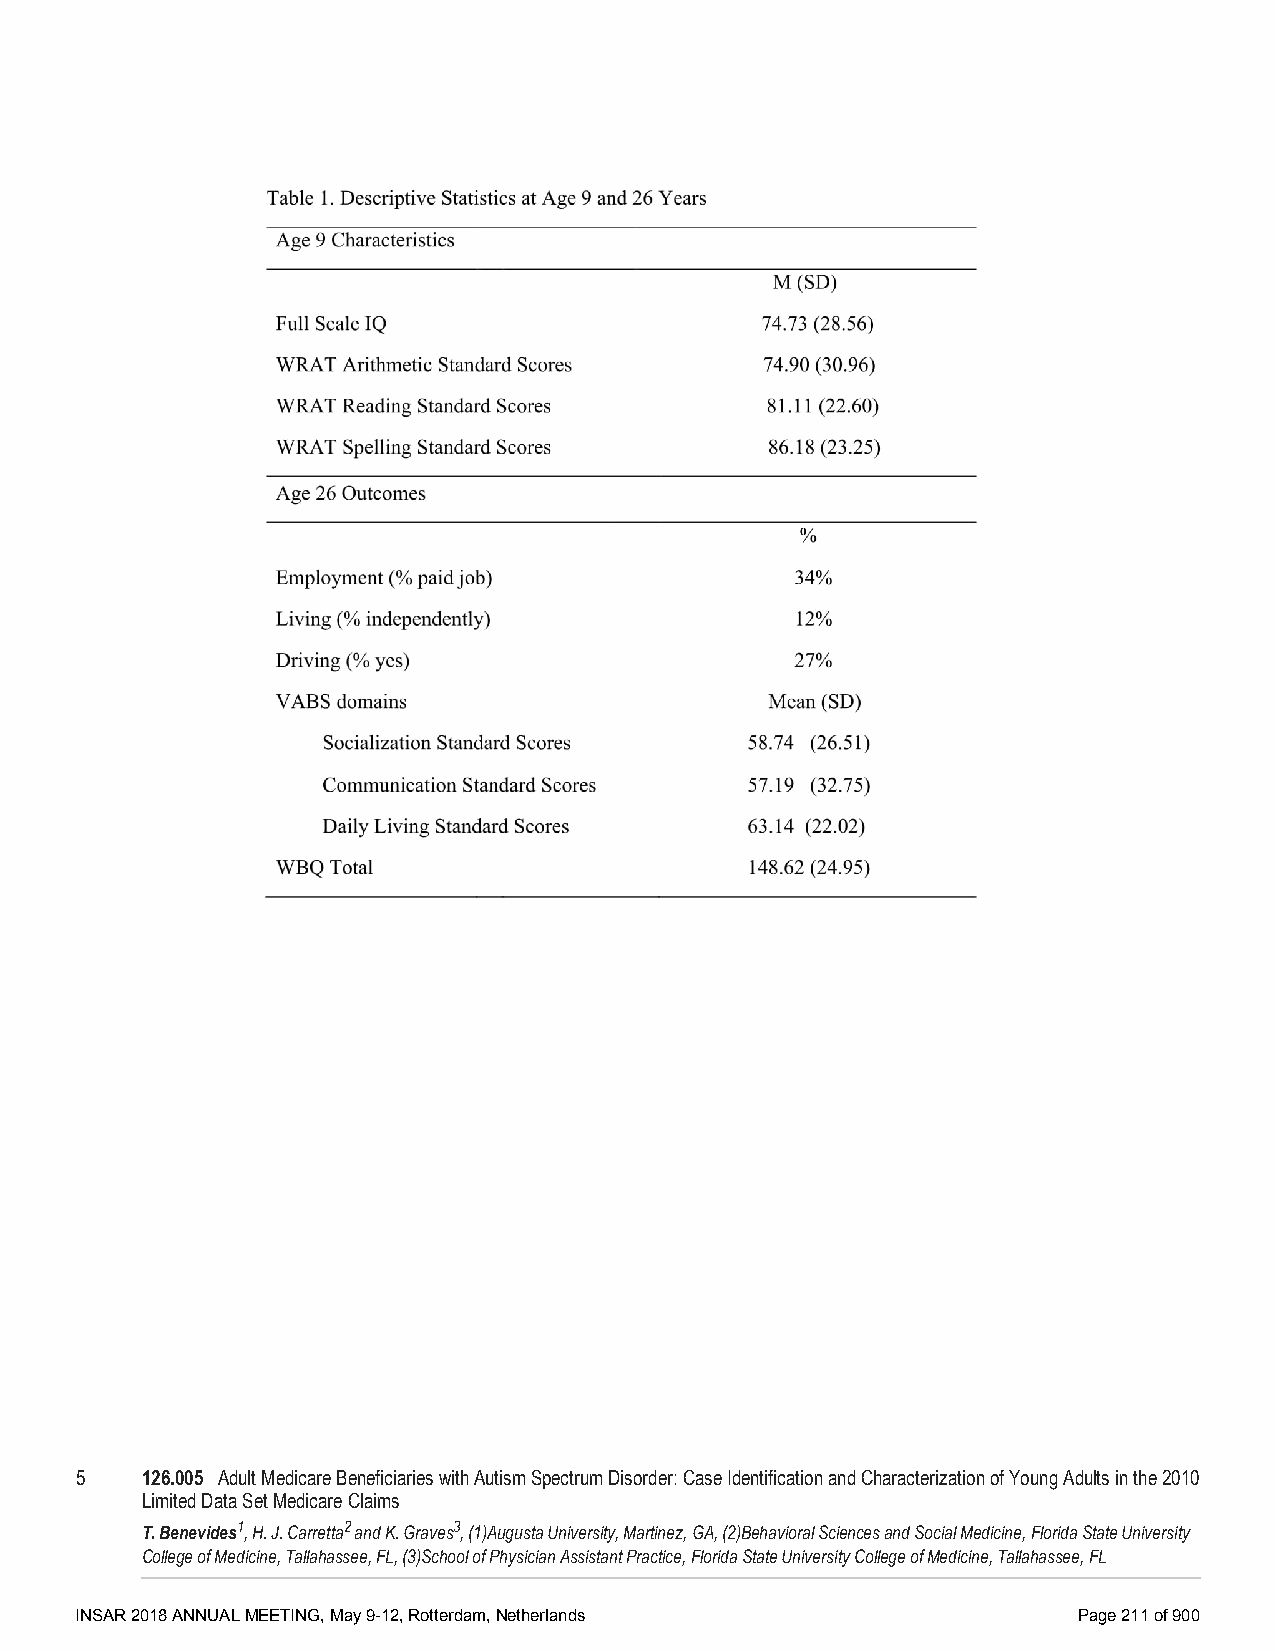
5   126.005 Adult Medicare Beneficiaries with Autism Spectrum Disorder: Case Identification and Characterization of Young Adults in the 2010
 Limited Data Set Medicare Claims
 T. Benevides1, H. J. Carretta2 and K. Graves3, (1)Augusta University, Martinez, GA, (2)Behavioral Sciences and Social Medicine, Florida State University
 College of Medicine, Tallahassee, FL, (3)School of Physician Assistant Practice, Florida State University College of Medicine, Tallahassee, FL
 INSAR 2018 ANNUAL MEETING, May 9-12, Rotterdam, Netherlands       Page 211 of 900